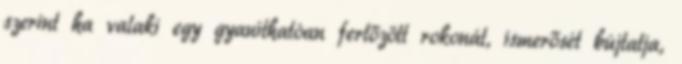
szerint ha valaki egy gyaníthatóan fertőzött rokonát, ismerősét bújtatja,